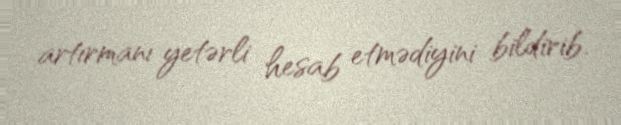
artırmanı yetərli hesab etmədiyini bildirib.